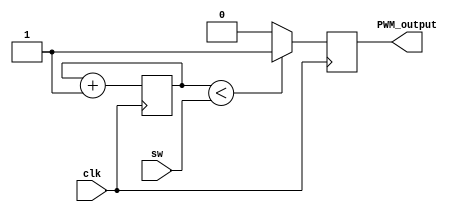
`timescale 1ns / 1ps
//////////////////////////////////////////////////////////////////////////////////
// Company: 
// Engineer: 
// 
// Design Name: 
// Module Name: MOTOR
// Project Name: 
// Target Devices: 
// Tool Versions: 
// Description: 
// 
// Dependencies: 
// 
// Revision:
// Revision 0.01 - File Created
// Additional Comments:
// 
//////////////////////////////////////////////////////////////////////////////////


module MOTOR_mv(
         input clk,
	     //input [7:0] duty,
	     input [7:0] sw,
	     //input [7:0] sw,
	     output reg PWM_output = 0 
);

//  reg[7:0] duty_value;
   
//   always @(*)
//   case(sw) 
//    8'b00000001: duty_value = 8'b00011110;  //30
//    8'b00000010: duty_value = 8'b00111100;  //60
//    8'b00000100: duty_value = 8'b01011010;  //90
//    8'b00001000: duty_value = 8'b01111000; //120
//    8'b00010000: duty_value = 8'b10010110; //150
//    8'b00100000: duty_value = 8'b10110100; //180
//    8'b01000000: duty_value = 8'b11010010; //210
//    8'b10000000: duty_value = 8'b11110000; //240
//    default: duty_value = 8'b00001111;  //15 
//    endcase
   
   
   
    reg [7:0] count = 0;
	always@(posedge clk)
	begin
		count <= count + 1;
		// If count is less than duty, then output is 1.
		// Otherwise, it's 0.
		//PWM_output <= (count < duty);
        if (count<sw)
        PWM_output <= 1;
     
        else 
        PWM_output <= 0;
   end


endmodule